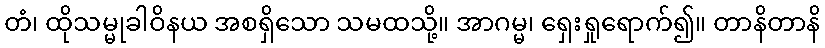
တံ၊ ထိုသမ္မုခါဝိနယ အစရှိသော သမထသို့။ အာဂမ္မ၊ ရှေးရှုရောက်၍။ တာနိတာနိ